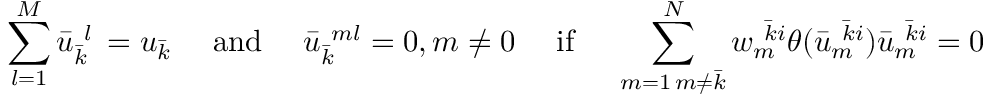
\sum _ { l = 1 } ^ { M } \bar { u } _ { \bar { k } \ } ^ { \ l } = u _ { \bar { k } } \quad \mathrm { ~ a n d ~ } \quad \bar { u } _ { \bar { k } \ } ^ { \ m l } = 0 , m \neq 0 \quad \mathrm { ~ i f ~ } \quad \sum _ { \substack { m = 1 \, m \neq \bar { k } } } ^ { N } w _ { m \ } ^ { \ \bar { k } i } \theta ( \bar { u } _ { m \ } ^ { \ \bar { k } i } ) \bar { u } _ { m \ } ^ { \ \bar { k } i } = 0